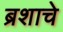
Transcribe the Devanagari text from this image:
ब्रशाचे